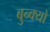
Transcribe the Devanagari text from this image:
बुन्क्यो